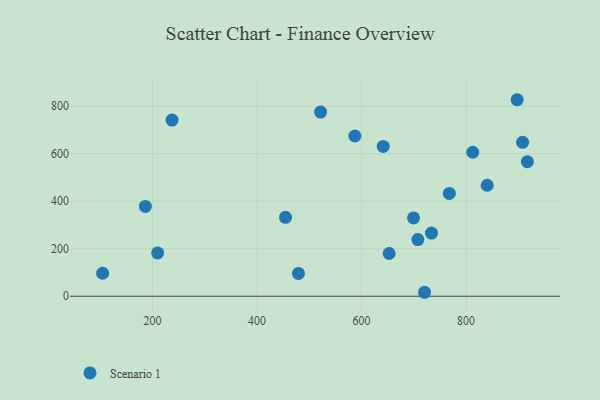
{"axis": {"x": "Distance", "y": "Yield"}, "legend": ["Scenario 1"], "data": [{"x": "812.7", "y": 606.0, "type": "Scenario 1"}, {"x": "521.6", "y": 775.1, "type": "Scenario 1"}, {"x": "897.6", "y": 827.0, "type": "Scenario 1"}, {"x": "454.4", "y": 331.9, "type": "Scenario 1"}, {"x": "908.1", "y": 647.5, "type": "Scenario 1"}, {"x": "917.2", "y": 566.1, "type": "Scenario 1"}, {"x": "707.7", "y": 238.4, "type": "Scenario 1"}, {"x": "587.1", "y": 674.3, "type": "Scenario 1"}, {"x": "104.5", "y": 96.7, "type": "Scenario 1"}, {"x": "733.7", "y": 265.7, "type": "Scenario 1"}, {"x": "479.2", "y": 95.9, "type": "Scenario 1"}, {"x": "699.4", "y": 329.7, "type": "Scenario 1"}, {"x": "720.5", "y": 16.6, "type": "Scenario 1"}, {"x": "209.8", "y": 182.2, "type": "Scenario 1"}, {"x": "237.4", "y": 741.4, "type": "Scenario 1"}, {"x": "186.3", "y": 377.9, "type": "Scenario 1"}, {"x": "652.8", "y": 179.9, "type": "Scenario 1"}, {"x": "641.4", "y": 630.6, "type": "Scenario 1"}, {"x": "767.9", "y": 432.6, "type": "Scenario 1"}, {"x": "840.3", "y": 467.1, "type": "Scenario 1"}]}